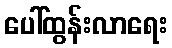
ပေါ်ထွန်းလာရေး